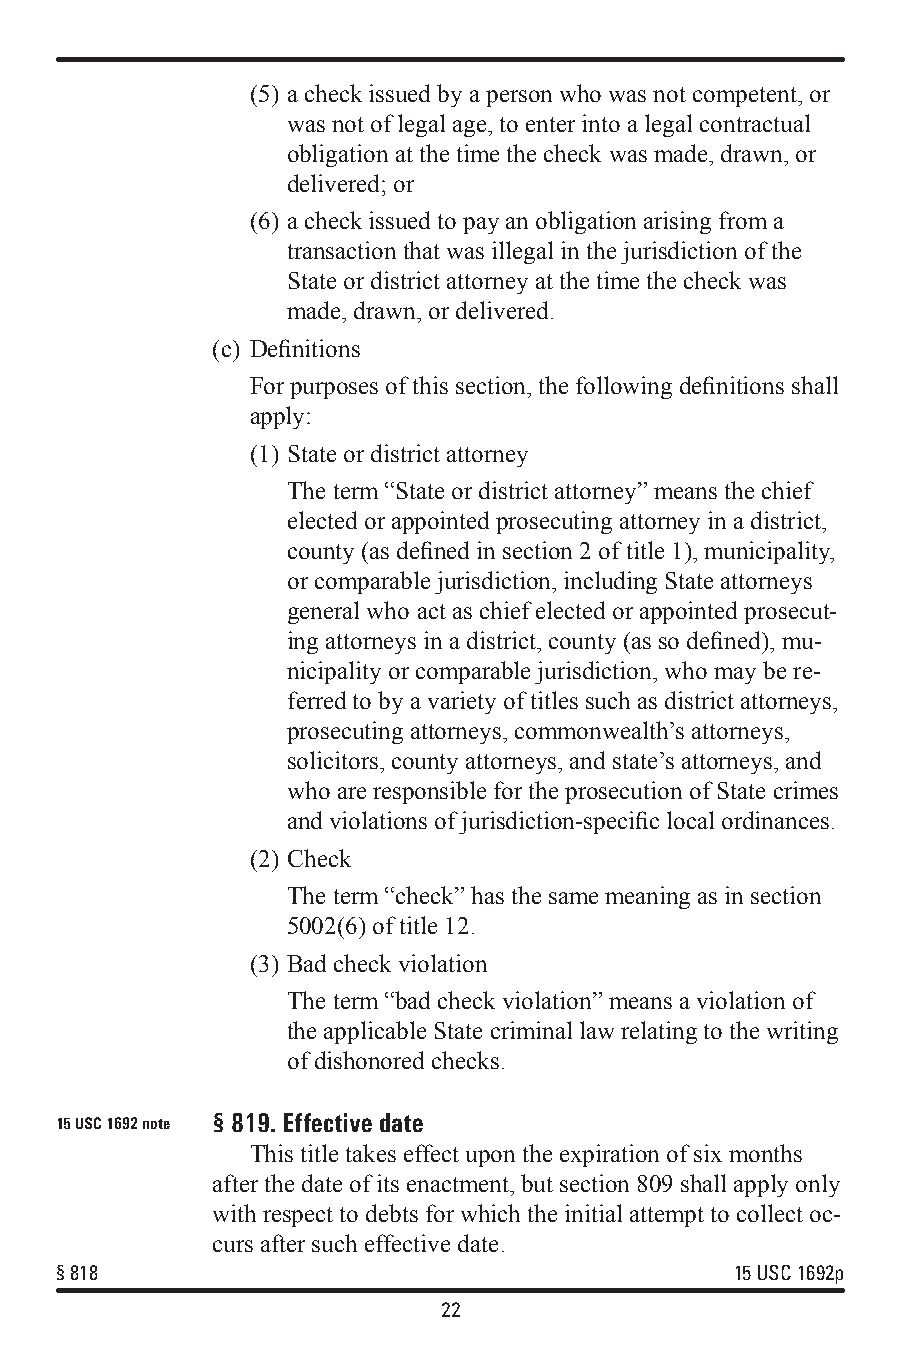
(5) a check issued by a person who was not competent, or
 was not of legal age, to enter into a legal contractual
 obligation at the time the check was made, drawn, or
 delivered; or
 (6) a check issued to pay an obligation arising from a
 transaction that was illegal in the jurisdiction of the
 State or district attorney at the time the check was
 made, drawn, or delivered.
 (c) Definitions
 For purposes of this section, the following definitions shall
 apply:
 (1) State or district attorney
 The term “State or district attorney” means the chief
 elected or appointed prosecuting attorney in a district,
 county (as defined in section 2 of title 1), municipality,
 or comparable jurisdiction, including State attorneys
 general who act as chief elected or appointed prosecut-
 ing attorneys in a district, county (as so defined), mu-
 nicipality or comparable jurisdiction, who may be re-
 ferred to by a variety of titles such as district attorneys,
 prosecuting attorneys, commonwealth’s attorneys,
 solicitors, county attorneys, and state’s attorneys, and
 who are responsible for the prosecution of State crimes
 and violations of jurisdiction-specific local ordinances.
 (2) Check
 The term “check” has the same meaning as in section
 5002(6) of title 12.
 (3) Bad check violation
 The term “bad check violation” means a violation of
 the applicable State criminal law relating to the writing
 of dishonored checks.
 15 USC 1692 note §819. Effective date
 This title takes effect upon the expiration of six months
 after the date of its enactment, but section 809 shall apply only
 with respect to debts for which the initial attempt to collect oc-
 curs after such effective date.
 §818                                         15 USC 1692p
 22